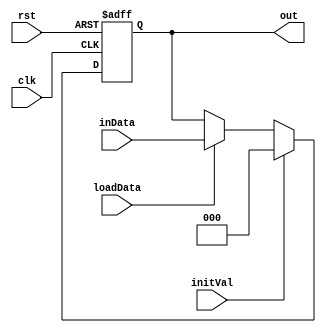
`timescale 1ns/1ns
module Reg3bit(input clk,rst,loadData,initVal, input [2:0] inData, output[2:0] out);
  reg [2:0] outData;
  assign out = outData;
  always@(posedge clk, posedge rst)begin
    if(rst) outData <= 3'b0;
    else
    begin
      if(initVal) outData <= 3'b0;
      else
    begin
    if (loadData) outData <= inData;
    else outData <= outData;
    end
  end
  end
endmodule